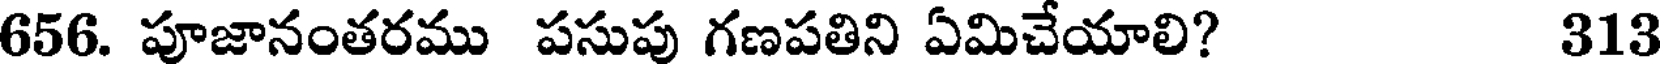
656. పూజానంతరము పసుపు గణపతిని ఏమిచేయాలి? 313